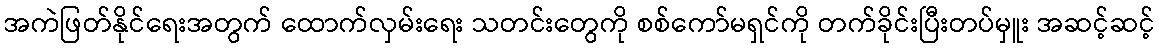
အကဲဖြတ်နိုင်ရေးအတွက် ထောက်လှမ်းရေး သတင်းတွေကို စစ်ကော်မရှင်ကို တက်ခိုင်းပြီးတပ်မှူး အဆင့်ဆင့်